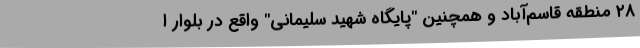
۲۸ منطقه قاسم‌آباد و همچنین "پایگاه شهید سلیمانی" واقع در بلوار ا